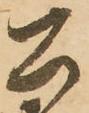
公